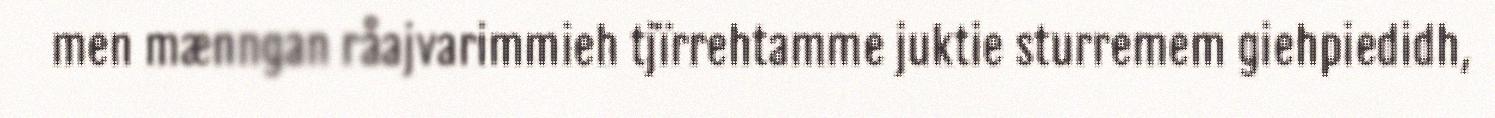
men mænngan råajvarimmieh tjïrrehtamme juktie sturremem giehpiedidh,